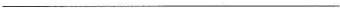
___